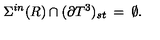
\Sigma ^ { i n } ( R ) \cap ( \partial { T } ^ { 3 } ) _ { s t } \: = \: \emptyset .